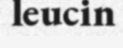
leucin